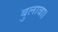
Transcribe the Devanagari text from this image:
बुलावा।